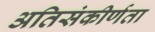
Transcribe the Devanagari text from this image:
अतिसंकीर्णता